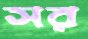
সর